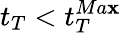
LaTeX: t_{T}<t_{T}^{Ma\mathbf{x}}